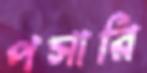
পসারি